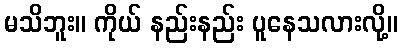
မသိဘူး။ ကိုယ် နည်းနည်း ပူနေသလားလို့။